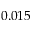
0 . 0 1 5